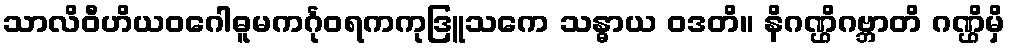
သာလိဝီဟိယဝဂေါဓူမကင်္ဂုဝရကကုဒြူသကေ သန္ဓာယ ဝဒတိ။ နိဂဏ္ဌိဂဗ္ဘာတိ ဂဏ္ဌိမှိ